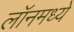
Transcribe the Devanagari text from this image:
लॉनमध्ये